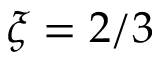
\xi = 2 / 3